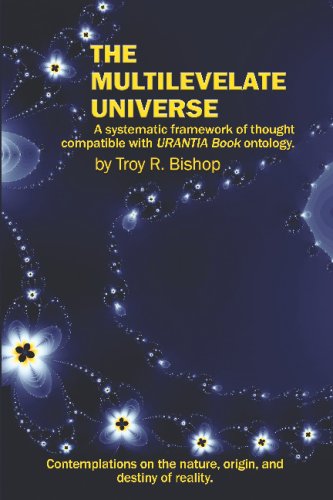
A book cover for The Multilevelate Universe: A Systematic Framework Of Thought Compatible With Urantia Book Ontology; Troy R. Bishop; Religion & Spirituality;